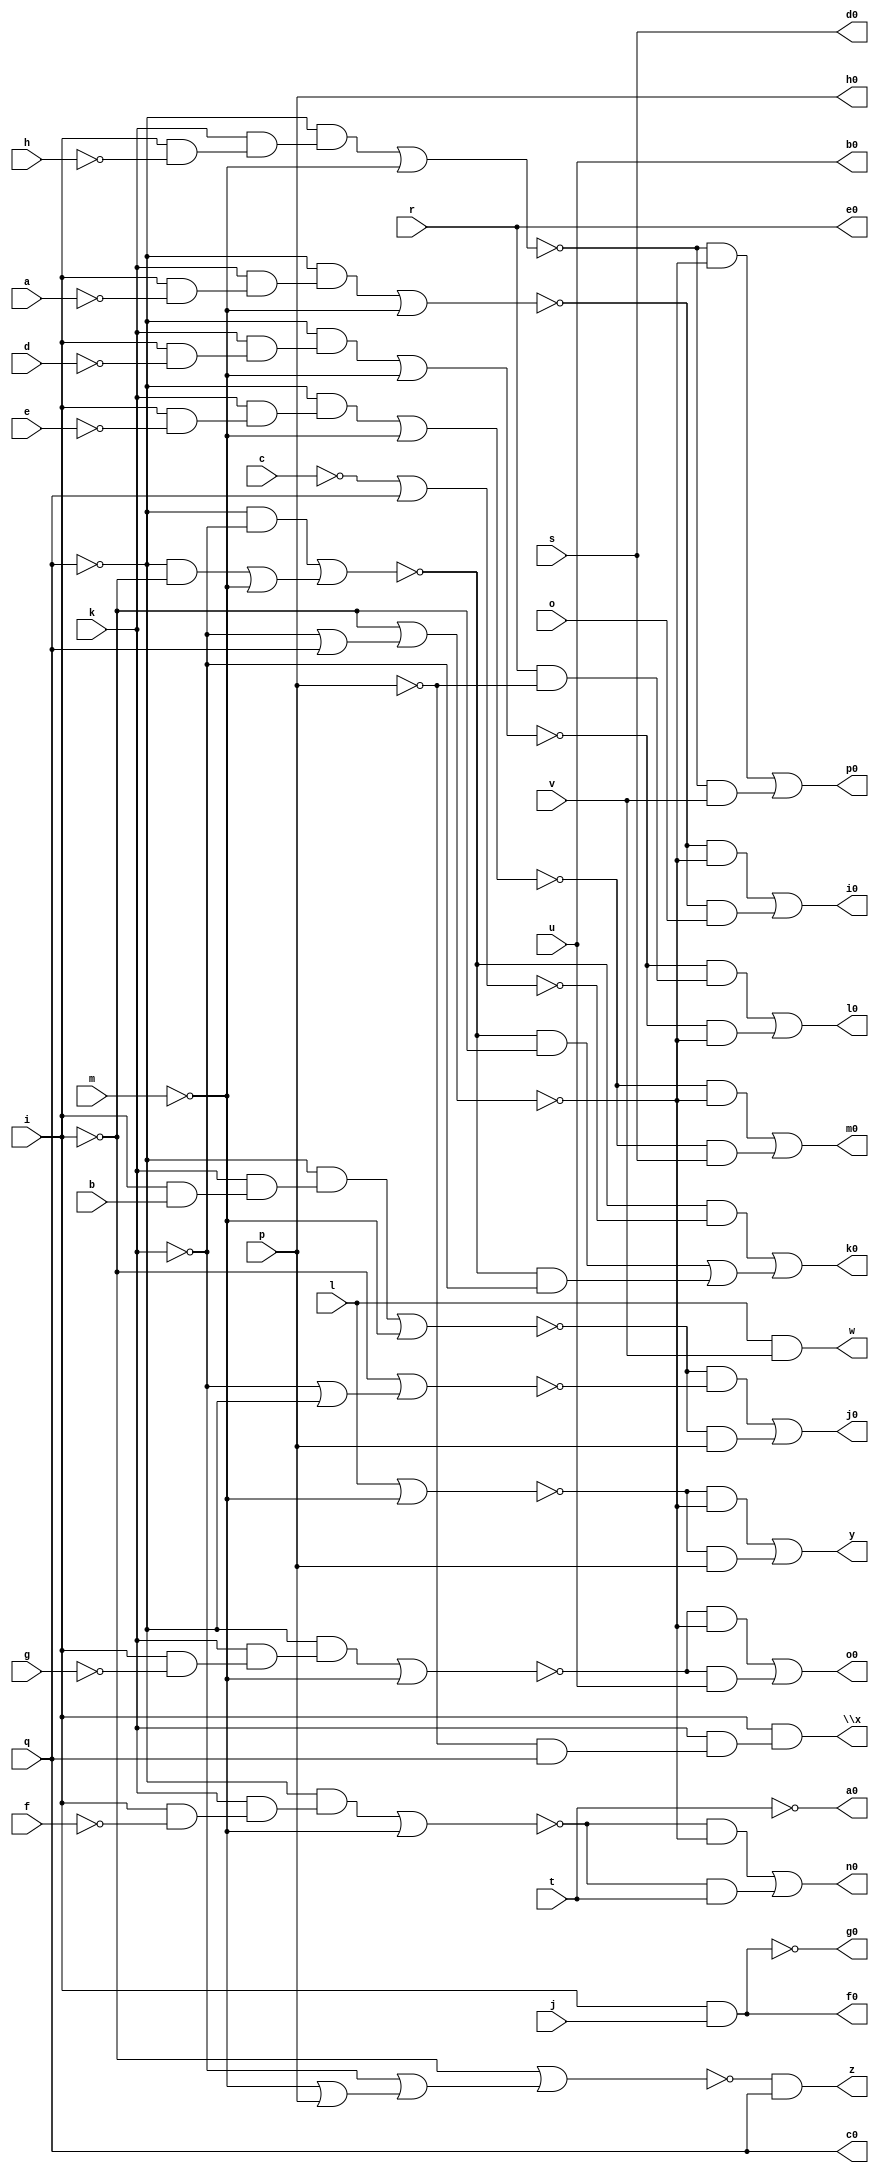
// IWLS benchmark module "cc" printed on Wed May 29 16:07:19 2002
module cc(a, b, c, d, e, f, g, h, i, j, k, l, m, o, p, q, r, s, t, u, v, w, \x , y, z, a0, b0, c0, d0, e0, f0, g0, h0, i0, j0, k0, l0, m0, n0, o0, p0);
input
  a,
  b,
  c,
  d,
  e,
  f,
  g,
  h,
  i,
  j,
  k,
  l,
  m,
  o,
  p,
  q,
  r,
  s,
  t,
  u,
  v;
output
  k0,
  l0,
  m0,
  n0,
  o0,
  p0,
  w,
  \x ,
  y,
  z,
  a0,
  b0,
  c0,
  d0,
  e0,
  f0,
  g0,
  h0,
  i0,
  j0;
wire
  \[13] ,
  l1,
  \[14] ,
  m1,
  \[15] ,
  \[16] ,
  \[17] ,
  \[18] ,
  \[19] ,
  r1,
  s1,
  \[0] ,
  \[1] ,
  b2,
  u1,
  \[2] ,
  v1,
  \[3] ,
  d2,
  \[4] ,
  x1,
  f2,
  z1,
  h2,
  \[10] ,
  i2,
  \[9] ,
  \[12] ;
assign
  k0 = \[14] ,
  \[13]  = (~s1 & ~r1) | (~s1 & p),
  l0 = \[15] ,
  l1 = ~i | (~k | q),
  \[14]  = (~v1 & ~u1) | ((~v1 & ~i) | (~v1 & ~k)),
  m0 = \[16] ,
  m1 = (~q & (k & (i & ~a))) | ~m,
  \[15]  = (~x1 & (r & ~p)) | (~x1 & ~l1),
  n0 = \[17] ,
  \[16]  = (~z1 & ~l1) | (~z1 & s),
  o0 = \[18] ,
  \[17]  = (~b2 & ~l1) | (~b2 & t),
  p0 = \[19] ,
  \[18]  = (~d2 & ~l1) | (~d2 & u),
  \[19]  = (~f2 & ~l1) | (~f2 & v),
  r1 = ~i | (~k | ~q),
  w = \[0] ,
  \x  = \[1] ,
  y = \[2] ,
  z = \[3] ,
  s1 = (~q & (k & (i & b))) | ~m,
  \[0]  = l & v,
  a0 = \[4] ,
  \[1]  = i & (k & (~p & q)),
  b0 = u,
  b2 = (~q & (k & (i & ~f))) | ~m,
  u1 = ~c | q,
  \[2]  = (~h2 & ~l1) | (~h2 & p),
  c0 = q,
  v1 = (~q & ~k) | ((~q & ~i) | ~m),
  \[3]  = ~i2 & q,
  d0 = s,
  d2 = (~q & (k & (i & ~g))) | ~m,
  \[4]  = ~t,
  e0 = r,
  x1 = (~q & (k & (i & ~d))) | ~m,
  f0 = \[9] ,
  f2 = (~q & (k & (i & ~h))) | ~m,
  g0 = \[10] ,
  z1 = (~q & (k & (i & ~e))) | ~m,
  h0 = p,
  h2 = l | ~m,
  \[10]  = ~\[9] ,
  i0 = \[12] ,
  i2 = ~i | (~k | (~m | p)),
  \[9]  = i & j,
  j0 = \[13] ,
  \[12]  = (~m1 & ~l1) | (~m1 & o);
endmodule